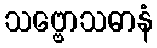
သဗ္ဗောသဓာနံ